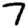
Digit: 7